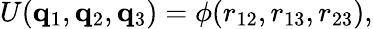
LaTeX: U(\mathbf{q}_{1},\mathbf{q}_{2},\mathbf{q}_{3})=\phi(r_{12},r_{13},r_{23}),